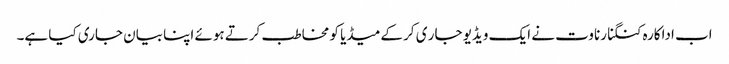
اب اداکارہ کنگنا رناوت نے ایک ویڈیو جار ی کر کےمیڈیا کو مخاطب کرتے ہوئے اپنا بیان جاری کیا ہے۔